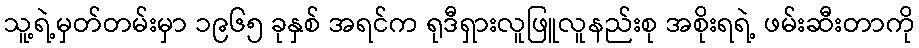
သူ့ရဲ့မှတ်တမ်းမှာ ၁၉၆၅ ခုနှစ် အရင်က ရုဒီရှားလူဖြူလူနည်းစု အစိုးရရဲ့ ဖမ်းဆီးတာကို